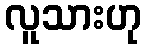
လူသားဟု